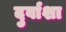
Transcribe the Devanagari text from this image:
दुर्वाशा